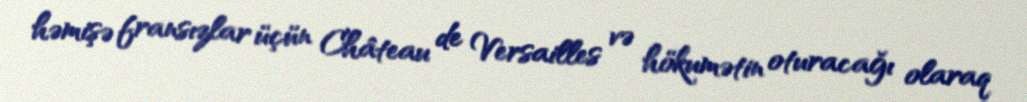
həmişə fransızlar üçün Château de Versailles və hökumətin oturacağı olaraq